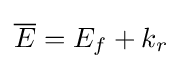
{\overline {E}}=E_{f}+k_{r}